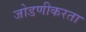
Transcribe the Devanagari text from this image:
जोडणीकरता